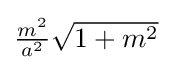
{\textstyle {\frac {m^{2}}{a^{2}}}{\sqrt {1+m^{2}}}}